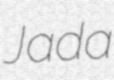
Jada